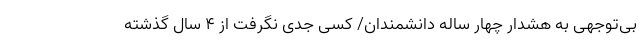
بی‌توجهی به هشدار چهار ساله دانشمندان/ کسی جدی نگرفت از ۴ سال گذشته